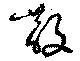
散